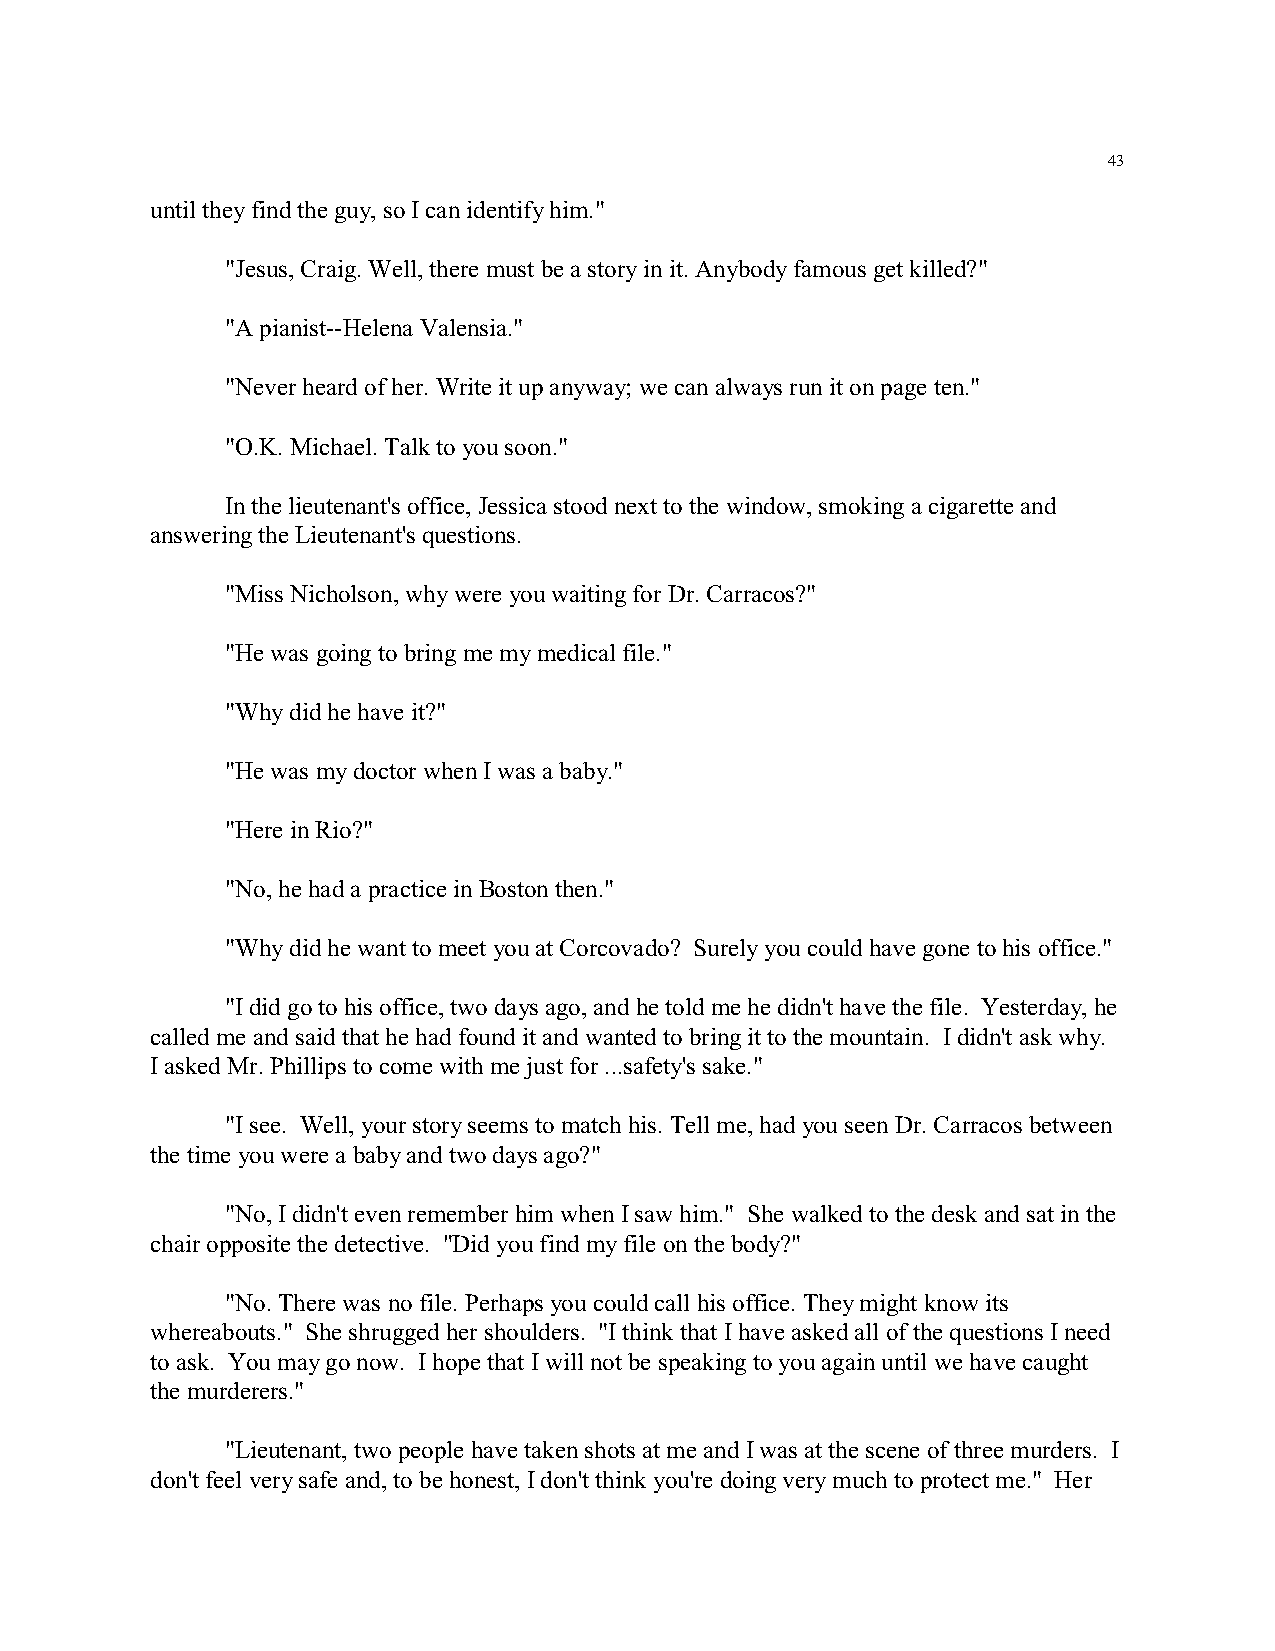
43
 until they find the guy, so I can identify him."
 "Jesus, Craig. Well, there must be a story in it. Anybody famous get killed?"
 "A pianist--Helena Valensia."
 "Never heard of her. Write it up anyway; we can always run it on page ten."
 "O.K. Michael. Talk to you soon."
 In the lieutenant's office, Jessica stood next to the window, smoking a cigarette and
 answering the Lieutenant's questions.
 "Miss Nicholson, why were you waiting for Dr. Carracos?"
 "He was going to bring me my medical file."
 "Why did he have it?"
 "He was my doctor when I was a baby."
 "Here in Rio?"
 "No, he had a practice in Boston then."
 "Why did he want to meet you at Corcovado? Surely you could have gone to his office."
 "I did go to his office, two days ago, and he told me he didn't have the file. Yesterday, he
 called me and said that he had found it and wanted to bring it to the mountain. I didn't ask why.
 I asked Mr. Phillips to come with me just for ...safety's sake."
 "I see. Well, your story seems to match his. Tell me, had you seen Dr. Carracos between
 the time you were a baby and two days ago?"
 "No, I didn't even remember him when I saw him." She walked to the desk and sat in the
 chair opposite the detective. "Did you find my file on the body?"
 "No. There was no file. Perhaps you could call his office. They might know its
 whereabouts." She shrugged her shoulders. "I think that I have asked all of the questions I need
 to ask. You may go now. I hope that I will not be speaking to you again until we have caught
 the murderers."
 "Lieutenant, two people have taken shots at me and I was at the scene of three murders. I
 don't feel very safe and, to be honest, I don't think you're doing very much to protect me." Her